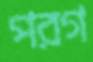
পরগ